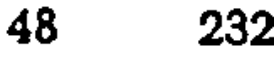
48 232